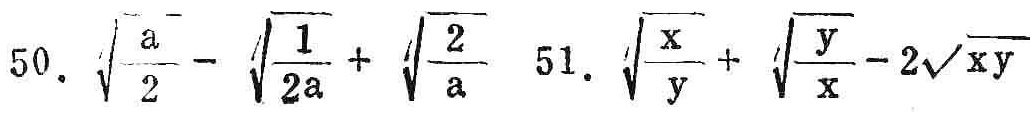
50. \(\sqrt{\frac{a}{2}} - \sqrt{\frac{1}{2a}} + \sqrt{\frac{2}{a}}\)
51. \(\sqrt{\frac{x}{y}} + \sqrt{\frac{y}{x}} - 2\sqrt{xy}\)